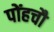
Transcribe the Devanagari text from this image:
पोंहचौ